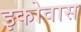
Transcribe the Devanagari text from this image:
इकोवास